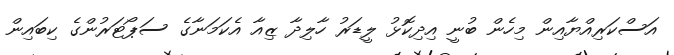
އަސްކަރިއްޔާއިން މިހެން ބުނީ އިދިކޮޅު ލީޑަރު ހާލިދާ ޒިއާ އެކަމަނާގެ ސަޕޯޓަރުންގެ ކިބައިން